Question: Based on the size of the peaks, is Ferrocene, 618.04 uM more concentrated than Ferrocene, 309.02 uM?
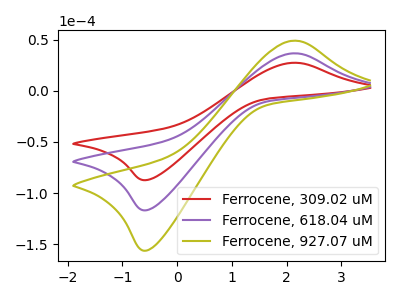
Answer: <think>The red curve "Ferrocene, 309.02 uM" has an anodic peak at (2.10V, 27.30uA) and a cathodic peak at (-0.55V, -87.20uA). The purple curve "Ferrocene, 618.04 uM" has an anodic peak at (2.10V, 36.55uA) and a cathodic peak at (-0.55V, -116.65uA). The olive curve "Ferrocene, 927.07 uM" has an anodic peak at (2.10V, 73.10uA) and a cathodic peak at (-0.55V, -233.35uA).
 All the peaks in "Ferrocene, 309.02 uM" have a peak in "Ferrocene, 618.04 uM" at the same potential. Every peak in "Ferrocene, 309.02 uM" is lower than every peak in "Ferrocene, 618.04 uM".</think>
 <answer>"Ferrocene, 309.02 uM" has less signal than "Ferrocene, 618.04 uM" and so likely has a lower concentration.</answer>
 <eval>less_concentration</eval>